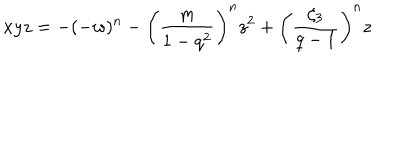
x y z = - ( - w ) ^ { n } - \left( \frac { m } { 1 - q ^ { 2 } } \right) ^ { n } z ^ { 2 } + \left( \frac { \zeta _ { 3 } } { q - 1 } \right) ^ { n } z